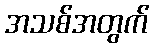
အသစ်အတွက်